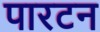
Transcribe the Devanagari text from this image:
पारटन